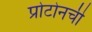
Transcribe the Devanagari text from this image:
प्रोटोनची